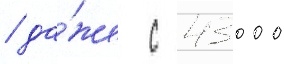
/ да́же с 43000